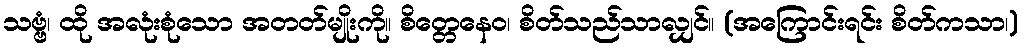
သဗ္ဗံ၊ ထို အလုံးစုံသော အတတ်မျိုးကို။ စိတ္တေနေဝ၊ စိတ်သည်သာလျှင်။ (အကြောင်းရင်း စိတ်ကသာ၊)